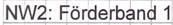
Text: NW2: Förderband 1